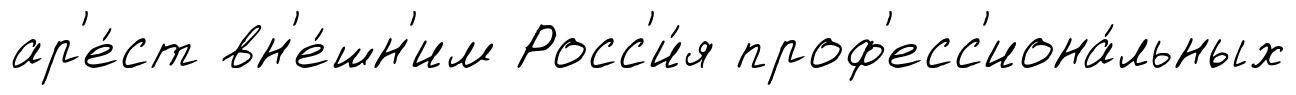
ар'е́ст вн'е́шн'им Росс'и́я проф'есс'иона́льных